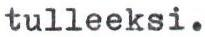
tulleeksi.